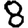
Digit: 8